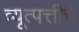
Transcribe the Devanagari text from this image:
व्यूत्पत्तीचे